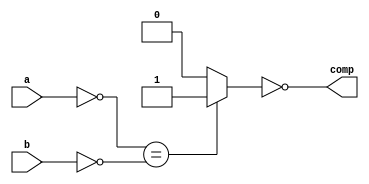
module comparator (
    input [1:0]a,
    input [1:0]b,
    output reg comp 
);
    reg [1:0]A;
    reg [1:0]B;
    reg comp_aux ;

    always @(*) begin
        //Inversion de entradas
        A=~a;
        B=~b;

        //Logica
        if (A==B) begin
            comp_aux=1'b1;
        end
        else begin
            comp_aux=1'b0;
        end
        
        //Salidas
        comp=~comp_aux;
    end
endmodule